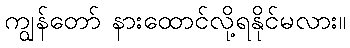
ကျွန်တော် နားထောင်လို့ရနိုင်မလား။